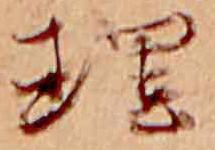
理